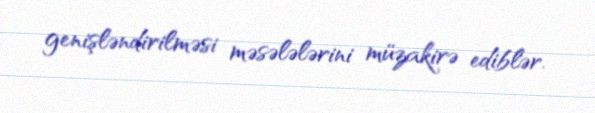
genişləndirilməsi məsələlərini müzakirə ediblər.